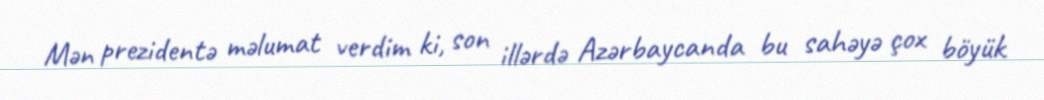
Mən prezidentə məlumat verdim ki, son illərdə Azərbaycanda bu sahəyə çox böyük